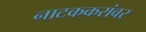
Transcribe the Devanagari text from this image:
नाटककरांवर